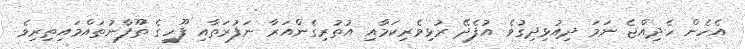
އެހެން ހެދިއްޖެ ނަމަ ދިއުޅިދިގުވެ އުފެދޭ ރުޅިވެރިކަމާއި އުތުރިގެންއަރާ ނަފުރަތާއި ފޫހީގެ ތޫފާނުތައްމައިތިރިވެ